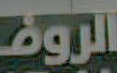
الروض